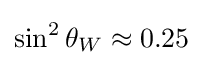
\sin ^{2}\theta _{W}\approx 0.25